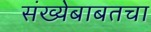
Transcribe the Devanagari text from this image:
संख्येबाबतचा